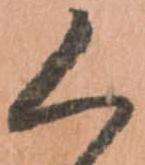
く